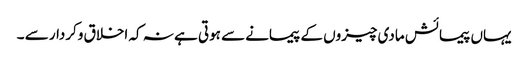
یہاں پیمائش مادی چیزوں کے پیمانے سے ہوتی ہے نہ کہ اخلاق وکردار سے ۔